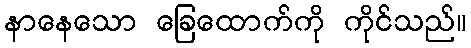
နာနေသော ခြေထောက်ကို ကိုင်သည်။